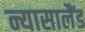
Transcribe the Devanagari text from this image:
न्यासालैंड